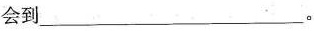
会到___ (3个_)。